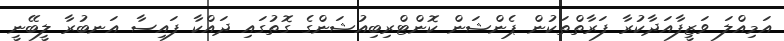
އަމިއްލަ ވަޒީފާއަދާކުރާ ފަރާތްތަކުން ޕެންޝަން ކޮންޓްރިބިއުޝަންގެ ގޮތުގައި ދައްކާ ފައިސާ އަނބުރާ ލީބޭނީ